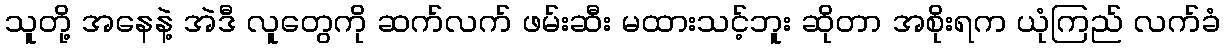
သူတို့ အနေနဲ့ အဲဒီ လူတွေကို ဆက်လက် ဖမ်းဆီး မထားသင့်ဘူး ဆိုတာ အစိုးရက ယုံကြည် လက်ခံ